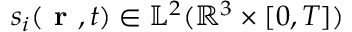
s _ { i } ( \textbf { r } , t ) \in \mathbb { L } ^ { 2 } ( \mathbb { R } ^ { 3 } \times [ 0 , T ] )